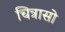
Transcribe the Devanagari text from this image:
चित्रासो